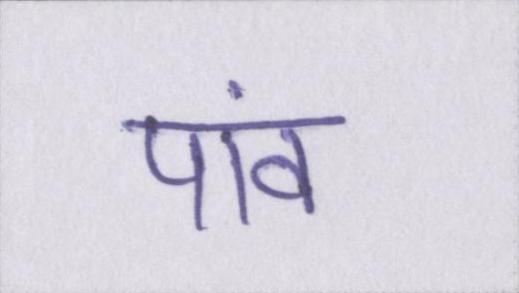
पांव